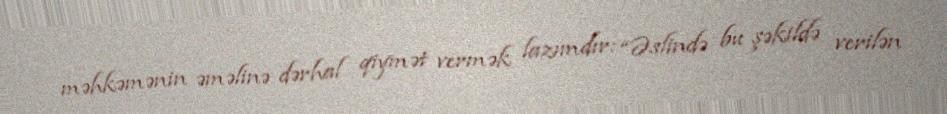
məhkəmənin əməlinə dərhal qiymət vermək lazımdır: “Əslində bu şəkildə verilən